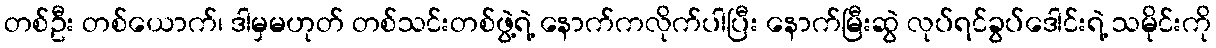
တစ်ဦး တစ်ယောက်၊ ဒါမှမဟုတ် တစ်သင်းတစ်ဖွဲ့ရဲ့ နောက်ကလိုက်ပါပြီး နောက်မြီးဆွဲ လုပ်ရင်ခွပ်ဒေါင်းရဲ့ သမိုင်းကို